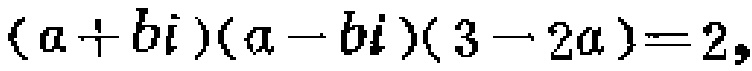
\((a + bi)(a - bi)(3 - 2a)=2\)